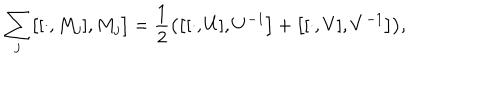
\sum _ { j } \bigl [ [ \cdot , M _ { j } ] , M _ { j } \bigr ] = { \frac { 1 } { 2 } } \bigl ( \bigl [ [ \cdot , U ] , U ^ { - 1 } \bigr ] + \bigl [ [ \cdot , V ] , V ^ { - 1 } \bigr ] \bigr ) , \nonumber